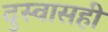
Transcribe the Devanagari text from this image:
दुस्वासही